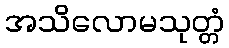
အသိလောမသုတ္တံ